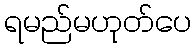
ရမည်မဟုတ်ပေ